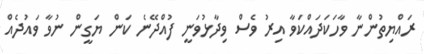
ރައްޔިތުންނާ ވާހަކަދައްކަވާ އިރު ވެސް ވިދާޅުވަނީ ފުއްދޭނެ ކަން ޔަގީން ނުވާ ވައުދެއް